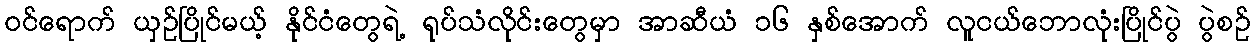
၀င်ရောက် ယှဉ်ပြိုင်မယ့် နိုင်ငံတွေရဲ့ ရုပ်သံလိုင်းတွေမှာ အာဆီယံ ၁၆ နှစ်အောက် လူငယ်ဘောလုံးပြိုင်ပွဲ ပွဲစဉ်